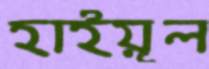
হাইয়ূল